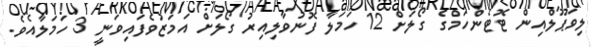
ލިވަޕޫލްއިން ޓޮޓެންހަމްގެ ގޯލަށް 12 ހަމަލާ ފޮނުވާލިއިރު ގޯލަށް އަމަޒުވެފައިވަނީ 3 ހަމަލާއެވެ.